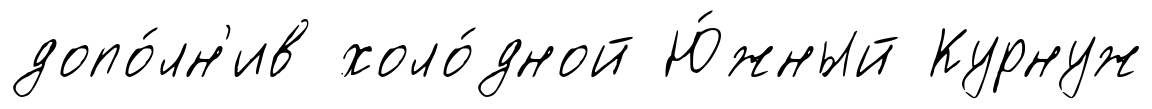
допо́лн'ив холо́дной Ю́жный Курнуж